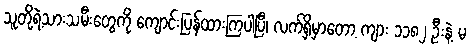
သူတို့ရဲ့သားသမီးတွေကို ကျောင်းပြန်ထားကြပါပြီ၊ လက်ရှိမှာတော့ ကျား ၁၁၈၂ ဦးနဲ့ မ